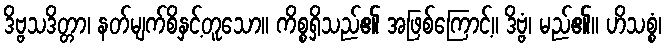
ဒိဗ္ဗသဒိတ္တာ၊ နတ်မျက်စိနှင့်တူသော။ ကိစ္စရှိသည်၏ အဖြစ်ကြောင့်။ ဒိဗ္ဗံ၊ မည်၏။ ဟိသစ္စံ၊